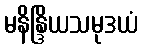
မနိန္ဒြိယသမုဒယံ